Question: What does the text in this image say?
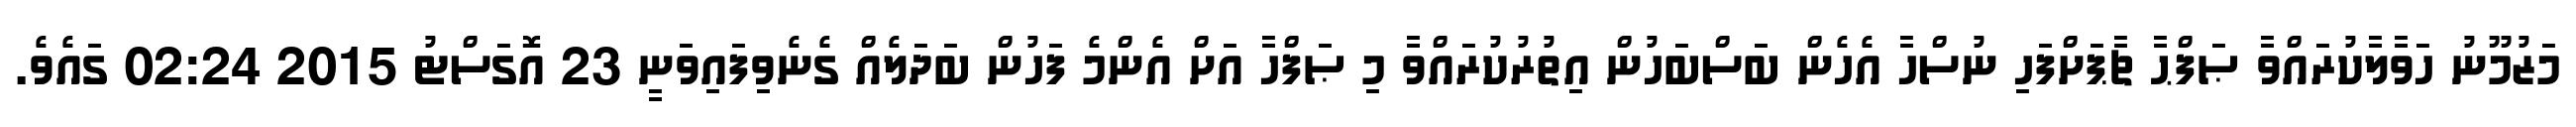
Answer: މަޒުމޫނު ހަވާލާކުރައްވާ ޞަފްޙާ ޗާޕަށްފަހި ނުސްހާ އެހެން ބަސްބަހުން އިތުރުކުރައްވާ މި ޞަފްހާ އަށް އެންމެ ފަހުން ބަދަލެއް ގެނެވިފައިވަނީ 23 އޮގަސްޓު 2015 02:24 ގައެވެ.